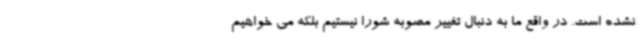
نشده است. در واقع ما به دنبال تغییر مصوبه شورا نیستیم بلکه می خواهیم